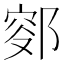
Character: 𨜛